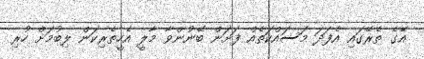
އޭގެ ތެރޭގައި އެފަދަ މަސައްކަތެއް ފަށަން ބޭނުންވާ މާލީ އެހީތެރިކަން ލިބުމަށް ހުރި